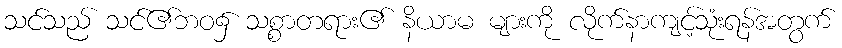
သင်သည် သင်၏ဘဝ၌ သစ္စာတရား၏ နိယာမ များကို လိုက်နာကျင့်သုံးရန်အတွက်